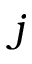
j